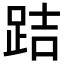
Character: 𨀙